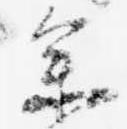
参